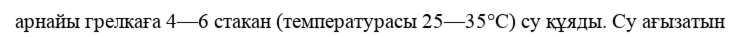
арнайы грелкаға 4—6 стакан (температурасы 25—35°С) су құяды. Су ағызатын